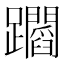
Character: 𨇲